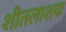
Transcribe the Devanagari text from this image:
शीतलाशयः